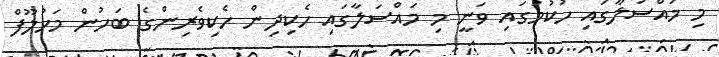
މި މައްސަލާގައި ހުކުމުގައި ވަނީ މި މައްސަލާގައި ހެކިދިން ހެކިވެރިންގެ ބަހުން މަހުލޫފް